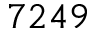
7 2 4 9